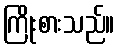
ကြိုးစားသည်။